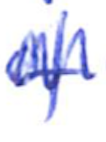
Text: of
Cross-out: zig-zag
Writing tool: ballpoint